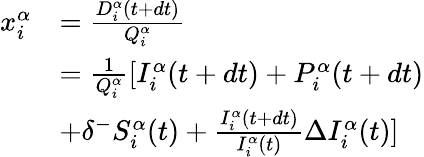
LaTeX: \begin{array}{rl}{x_{i}^{\alpha}}&{=\frac{D_{i}^{\alpha}(t+dt)}{Q_{i}^{\alpha}}}\\ &{=\frac{1}{Q_{i}^{\alpha}}[I_{i}^{\alpha}(t+dt)+P_{i}^{\alpha}(t+dt)}\\ &{+\delta^{-}S_{i}^{\alpha}(t)+\frac{I_{i}^{\alpha}(t+dt)}{I_{i}^{\alpha}(t)}\Delta I_{i}^{\alpha}(t)]}\end{array}